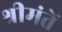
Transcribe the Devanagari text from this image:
श्रीमंतें